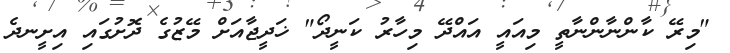
"މިރޭ ކާންނާންނާތީ މިއައީ އައްދޭ މިހާރު ކަނީދޯ" ޚަދީޖާއަށް މޭޒުގެ ދޮށުގައި އިށީނދެ